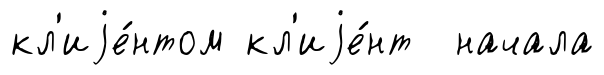
кл'иjе́нтом кл'иjе́нт начала